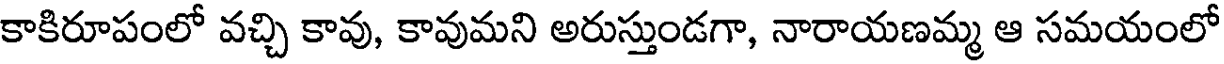
కాకిరూపంలో వచ్చి కావు, కావుమని అరుస్తుండగా, నారాయణమ్మ ఆ సమయంలో